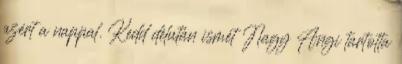
azért a nappal. Kedd délután ismét Nagy Angi tartotta